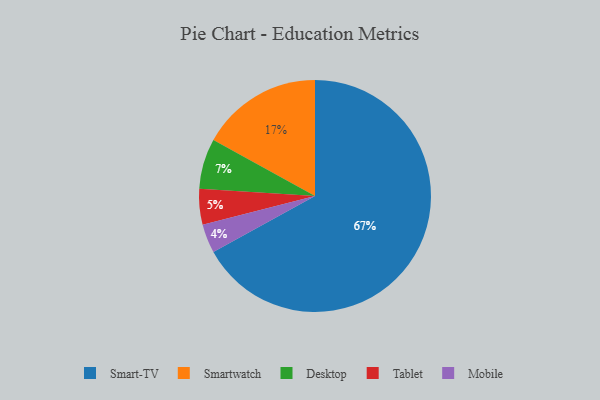
{"axis": {"x": "Category", "y": "Percentage"}, "legend": ["Desktop", "Mobile", "Smart-TV", "Smartwatch", "Tablet"], "data": [{"x": "Smartwatch", "y": 17, "type": "Smartwatch"}, {"x": "Smart-TV", "y": 67, "type": "Smart-TV"}, {"x": "Tablet", "y": 5, "type": "Tablet"}, {"x": "Desktop", "y": 7, "type": "Desktop"}, {"x": "Mobile", "y": 4, "type": "Mobile"}]}